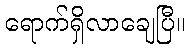
ရောက်ရှိလာချေပြီ။